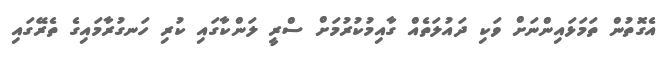
އެގޮތުން ތަމަޅައިންނަށް ވަކި ދައުލަތެއް ގާއިމުކުރުމަށް ސްރީ ލަންކާގައި ކުރި ހަނގުރާމައިގެ ތެރޭގައި